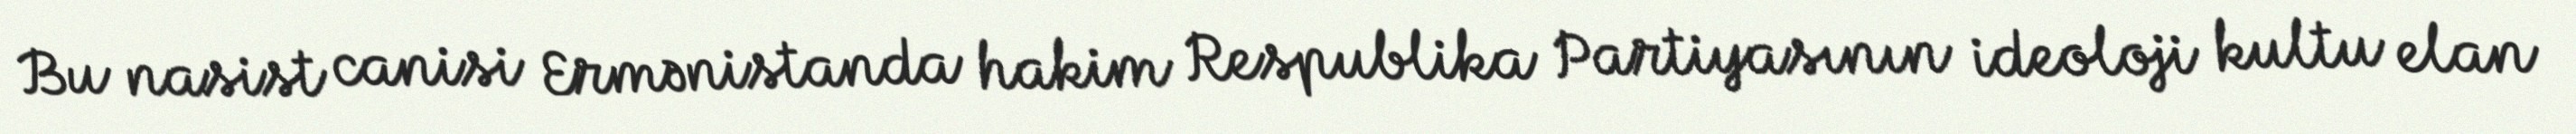
Bu nasist canisi Ermənistanda hakim Respublika Partiyasının ideoloji kultu elan